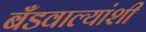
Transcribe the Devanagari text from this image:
बँडवाल्यांशी